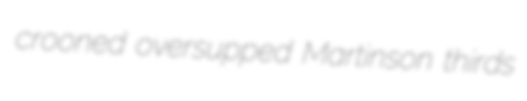
crooned oversupped Martinson thirds